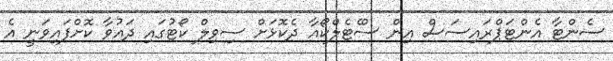
ސެންޓާ އެންޓަޕްރައިސަސް އިން ސްެޓެލްކޯއާ ދެކޮޅަށް ސިވިލް ކޯޓުގައި ދައުވާ ކޮށްފައިވަނީ އެ